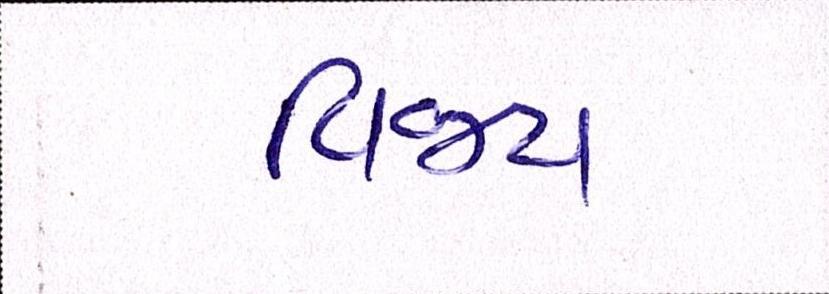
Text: વિજય